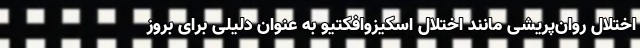
اختلال روان‌پریشی مانند اختلال اسکیزوافکتیو به عنوان دلیلی برای بروز